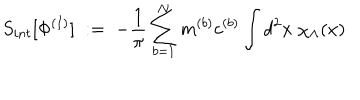
LaTeX: S _ { i n t } [ \Phi ^ { ( I ) } ] \; : = \; - \frac { 1 } { \pi } \sum _ { b = 1 } ^ { N } m ^ { ( b ) } c ^ { ( b ) } \int d ^ { 2 } x \; \chi _ { \Lambda } ( x )